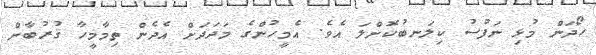
ހޯދަން މުޅި ނަފުސު ކިލަނބުކޮށްލަ އެވެ. އެމީހުންގެ މަދަދަށް އެދެން ތިމާމީހާ ޤުރުބާން